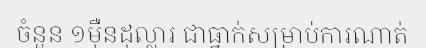
ចំនួន ១ម៉ឺនដុល្លារ ជាធ្នាក់សម្រាប់ការណាត់